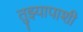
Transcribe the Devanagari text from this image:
तुझ्यापाशी